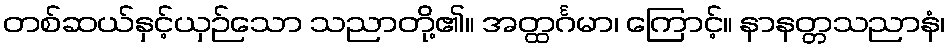
တစ်ဆယ်နှင့်ယှဉ်သော သညာတို့၏။ အတ္ထင်္ဂမာ၊ ကြောင့်။ နာနတ္တသညာနံ၊